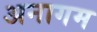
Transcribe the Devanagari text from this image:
अनागम